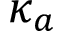
\kappa _ { a }